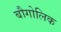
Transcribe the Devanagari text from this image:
बौगोलिक